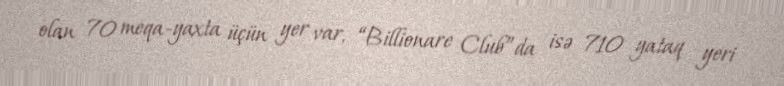
olan 70 meqa-yaxta üçün yer var, “Billionare Club”da isə 710 yataq yeri